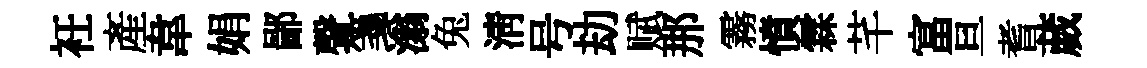
衽産韋娟鄙聲箋滃兔淸号劫赋那霧憤霖芊富亘耆葳